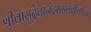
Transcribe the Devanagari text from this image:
श्रीवासुदेवानंदसरस्वतीविरचित